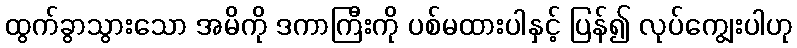
ထွက်ခွာသွားသော အမိကို ဒကာကြီးကို ပစ်မထားပါနှင့် ပြန်၍ လုပ်ကျွေးပါဟု